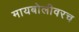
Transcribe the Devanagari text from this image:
मायबोलीवरच